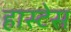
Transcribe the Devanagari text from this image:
हास्टेस